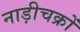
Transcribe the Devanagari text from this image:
नाड़ीचक्रों